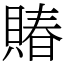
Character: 賰